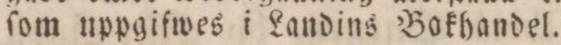
ſom uppgifwes i Landins Bokhandel.